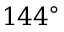
1 4 4 ^ { \circ }